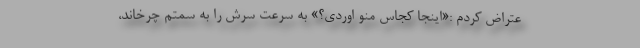
عتراض کردم :«اینجا کجاس منو اوردی؟» به سرعت سرش را به سمتم چرخاند،